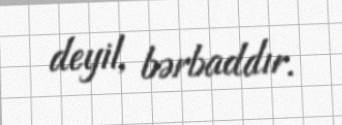
deyil, bərbaddır.